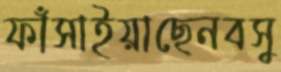
ফাঁসাইয়াছেনবসু